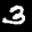
Label: 3